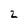
Character: Z